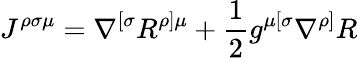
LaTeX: J^{\rho\sigma\mu}=\nabla^{[\sigma}R^{\rho]\mu}+\frac{1}{2}g^{\mu[\sigma}\nabla^{\rho]}R